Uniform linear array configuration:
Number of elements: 12
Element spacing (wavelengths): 0.75
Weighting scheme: uniform
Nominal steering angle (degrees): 15
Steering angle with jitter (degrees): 16.104
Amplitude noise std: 0.05
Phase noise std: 0.05

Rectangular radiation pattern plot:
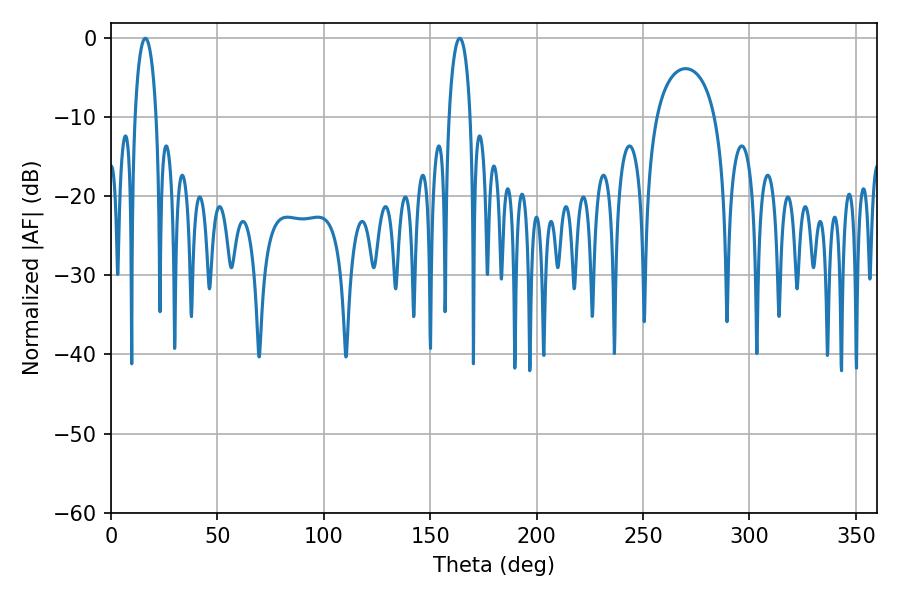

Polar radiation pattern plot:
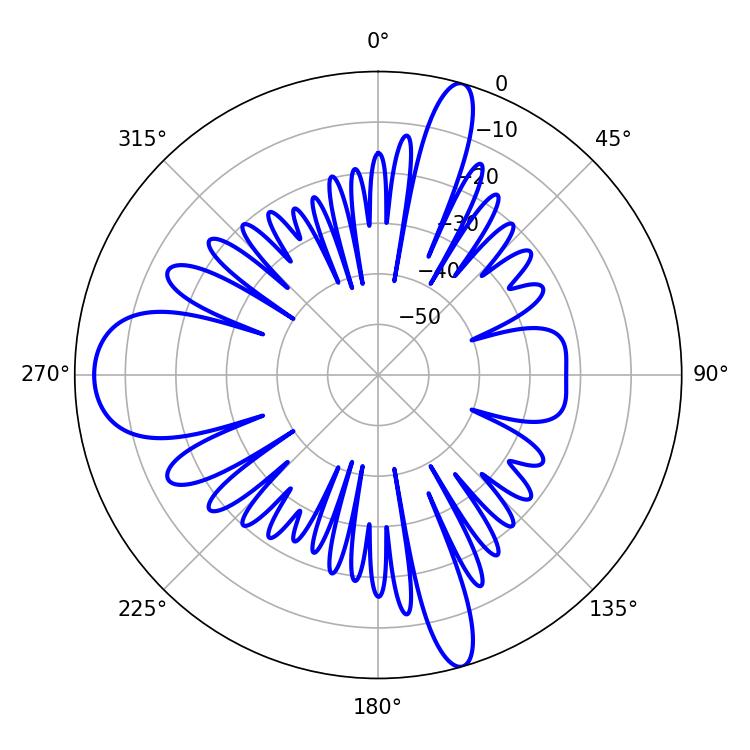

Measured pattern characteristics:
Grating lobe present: TRUE
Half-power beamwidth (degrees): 5.76
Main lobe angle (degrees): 16.2